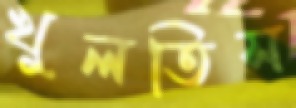
খুলতিস